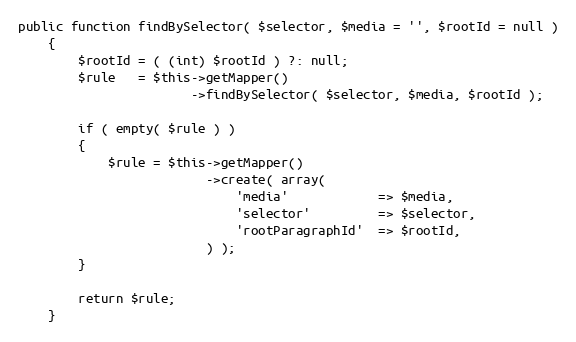
Language: PHP
public function findBySelector( $selector, $media = '', $rootId = null )
    {
        $rootId = ( (int) $rootId ) ?: null;
        $rule   = $this->getMapper()
                       ->findBySelector( $selector, $media, $rootId );

        if ( empty( $rule ) )
        {
            $rule = $this->getMapper()
                         ->create( array(
                             'media'            => $media,
                             'selector'         => $selector,
                             'rootParagraphId'  => $rootId,
                         ) );
        }

        return $rule;
    }